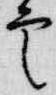
雲